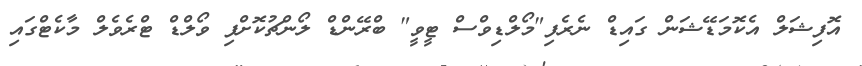
އޮފިޝަލް އެކޮމަޑޭޝަން ގައިޑް ނެރެފި"މޯލްޑިވްސް ޓީވީ" ބްރޭންޑް ލޯންޗުކޮށްފި ވޯލްޑް ޓްރެވެލް މާކެޓްގައި